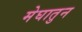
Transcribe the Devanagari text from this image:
मेघातुन